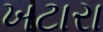
ખટારા